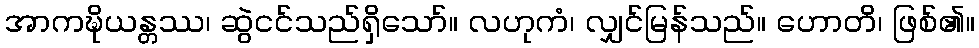
အာကဍ္ဎိယန္တဿ၊ ဆွဲငင်သည်ရှိသော်။ လဟုကံ၊ လျှင်မြန်သည်။ ဟောတိ၊ ဖြစ်၏။